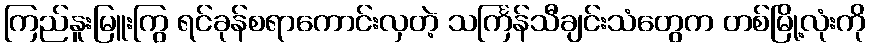
ကြည်နူးမြူးကြွ ရင်ခုန်စရာကောင်းလှတဲ့ သင်္ကြန်သီချင်းသံတွေက တစ်မြို့လုံးကို